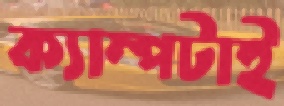
ক্যাম্পটাই